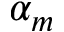
\alpha _ { m }